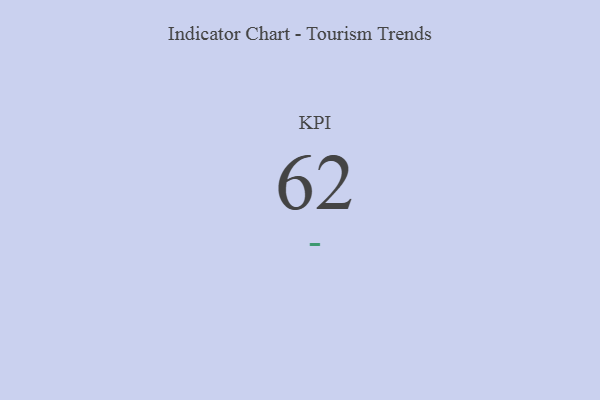
{"axis": {"x": "KPI", "y": "Value"}, "legend": [""], "data": [{"x": "KPI", "y": 62, "type": ""}]}